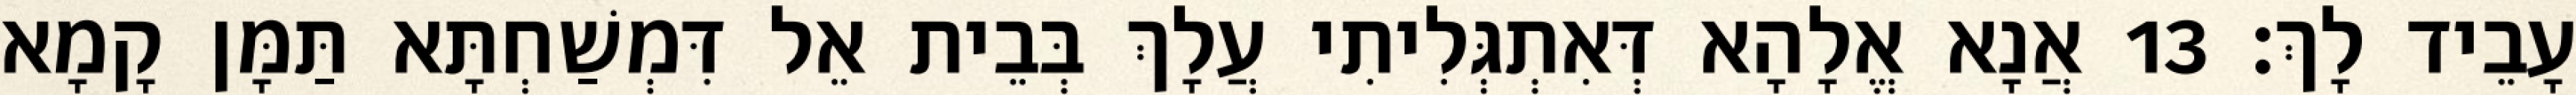
עָבֵיד לָךְ׃ 13 אֲנָא אֱלָהָא דְּאִתְגְּלִיתִי עֲלָךְ בְּבֵית אֵל דִּמְשַׁחְתָּא תַּמָּן קָמָא